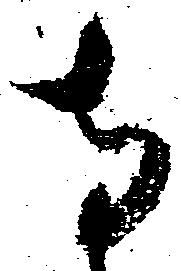
寺